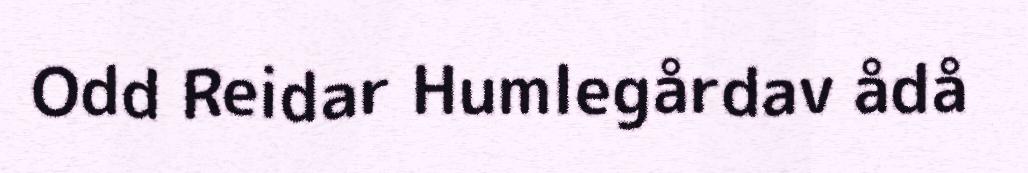
Odd Reidar Humlegårdav ådå